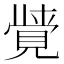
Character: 𮗖